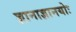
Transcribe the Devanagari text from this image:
ज्ञानाज्ञानयोः